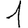
Digit: 1